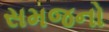
સમજનો